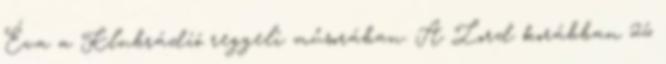
Éva a Klubrádió reggeli műsorában. A Lord korábban 26